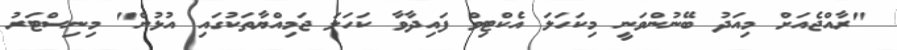
"ރާއްޖެއަށް މިއަދު ބޭނުންވަނީ މިކަހަލަ އެކްޓިވް ފައިދާވާ ކަހަލަ ޖަމިއްޔާތަކުގައި އުޅުން" މިނިސްޓަރު